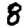
Digit: 8